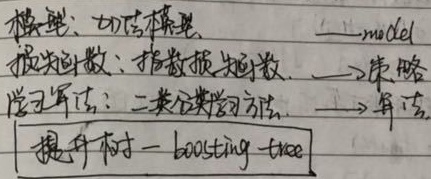
模型：加法模型  $\longrightarrow$ 损失函数：指数损失函数  $\longrightarrow$ 策略学习算法：二类分类学习方法  $\longrightarrow$ 算法：提升树 - boosting - tree